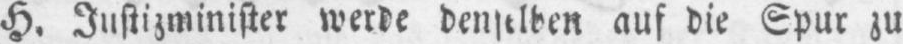
auf die Spur zu